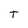
Character: t